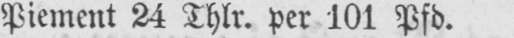
Piement 24 Thlr. per 101 Pfd.